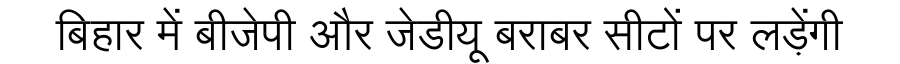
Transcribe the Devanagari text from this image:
बिहार में बीजेपी और जेडीयू बराबर सीटों पर लड़ेंगी